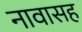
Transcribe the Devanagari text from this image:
नावासह